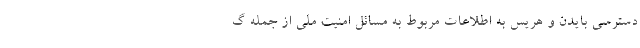
دسترسی بایدن و هریس به اطلاعات مربوط به مسائل امنیت ملی از جمله گ